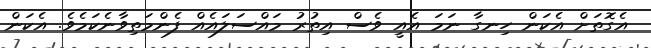
އެގޮތަށް އެކަން ހިނގާ ނަމަ އެއީ ވެސް އިތުރު މައްސަލައެއް ފެންމަތިވާނެކަމެވެ. އެކަން